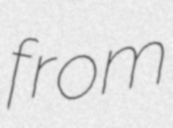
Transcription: from